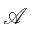
\mathcal { A }